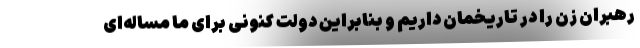
رهبران زن را در تاریخمان داریم و بنابراین دولت کنونی برای ما مساله‌ای